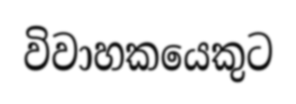
විවාහකයෙකුට